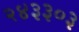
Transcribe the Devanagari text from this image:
२४३३०३